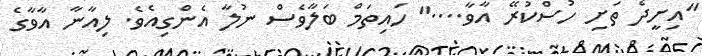
"އިށީދެ ތަށި ހުސްކުރޭ އާވާ...." ހައިތަމް ބަލާވެސް ނުލާ އެންގިއެވެ. ލިއާނާ އާވާގެ